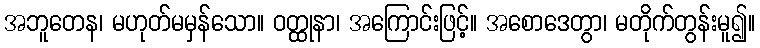
အဘူတေန၊ မဟုတ်မမှန်သော။ ဝတ္ထုနာ၊ အကြောင်းဖြင့်။ အစောဒေတွာ၊ မတိုက်တွန်းမူ၍။